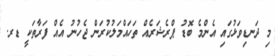
މި ދަނޑިވަޅުގައި އެންމެ ބޮޑު ޕްރެޝަރެއް ތަހައްމަލުކުރަން ޖެހުނު އެއް ފަރާތަކީ ޑރ.